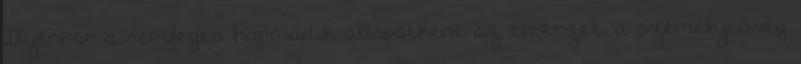
Ilyenkor a semleges harmadik állapotként az én-érzet, a személyesség